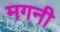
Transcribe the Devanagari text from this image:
मगनी